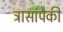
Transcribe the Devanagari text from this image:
त्रासांपैकी